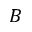
B